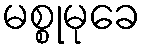
မစ္စုမုခေ